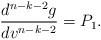
\begin{align*} \frac{d^{n-k-2}g}{dv^{n-k-2}}=P_1.\end{align*}